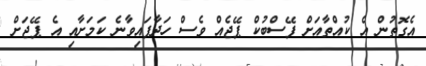
އެގޮތުން އެ ކުއްތާއަށް ފޭސްބުކް ޕޭޖެއް ވެސް ހަދާފައިވާނެ ކަަމަށާއި އެ ޕޭޖަށް